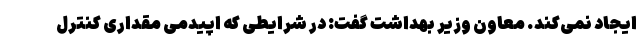
ایجاد نمی‌کند. معاون وزیر بهداشت گفت: در شرایطی که اپیدمی مقداری کنترل